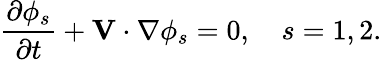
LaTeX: \frac{\partial\phi_{s}}{\partial t}+\mathbf{V}\cdot\nabla\phi_{s}=0,~~~~s=1,2.